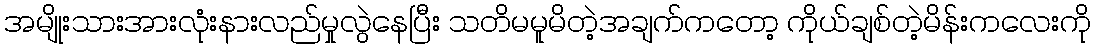
အမျိုးသားအားလုံးနားလည်မှုလွဲနေပြီး သတိမမူမိတဲ့အချက်ကတော့ ကိုယ်ချစ်တဲ့မိန်းကလေးကို